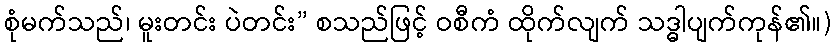
စုံမက်သည်၊ မူးတင်း ပဲတင်း” စသည်ဖြင့် ဝစီကံ ထိုက်လျက် သဒ္ဓါပျက်ကုန်၏။)